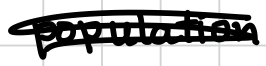
Text: population
Cross-out: scratch
Writing tool: digital_black